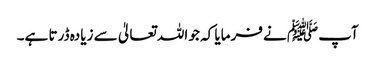
آپﷺ نے فرمایا کہ جو اللہ تعالیٰ سے زیادہ ڈرتا ہے۔